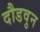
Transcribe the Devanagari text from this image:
दौडवुन